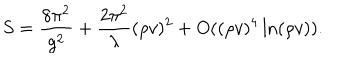
LaTeX: S = \frac { 8 \pi ^ { 2 } } { g ^ { 2 } } + \frac { 2 \pi ^ { 2 } } { \lambda } ( \rho v ) ^ { 2 } + O ( ( \rho v ) ^ { 4 } \ln ( \rho v ) ) .